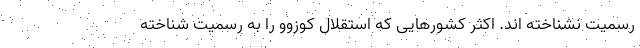
رسمیت نشناخته اند. اکثر کشورهایی که استقلال کوزوو را به رسمیت شناخته